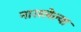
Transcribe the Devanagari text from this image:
नासलेल्या